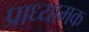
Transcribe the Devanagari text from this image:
प्राध्यामक